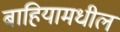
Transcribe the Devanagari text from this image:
बाहियामधील